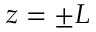
z = \pm L